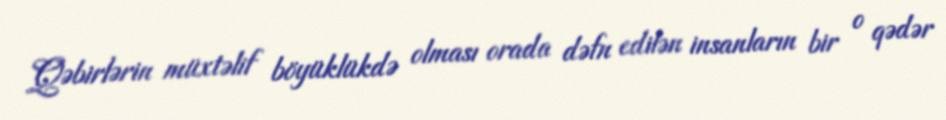
Qəbirlərin müxtəlif böyüklükdə olması orada dəfn edilən insanların bir o qədər